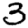
Digit: 3